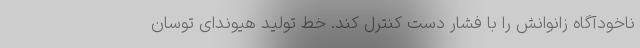
ناخودآگاه زانوانش را با فشار دست کنترل کند. خط تولید هیوندای توسان